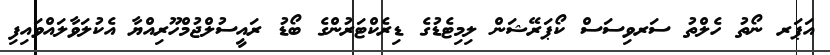
އަޕަރ ނޯތު ހެލްތު ސަރވިސަސް ކޯޕަރޭޝަން ލިމިޓެޑުގެ ޑިރެކްޓަރުންގެ ބޯޑު ރައީސުލްޖުމްހޫރިއްޔާ އެކުލަވާލައްވައިފި